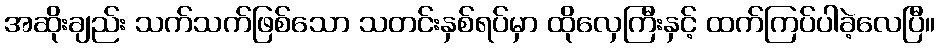
အဆိုးချည်း သက်သက်ဖြစ်သော သတင်းနှစ်ရပ်မှာ ထိုလှေကြီးနှင့် ထက်ကြပ်ပါခဲ့လေပြီ။